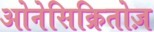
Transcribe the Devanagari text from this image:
ओनेसिक्रितोज़